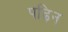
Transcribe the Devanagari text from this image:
पढ़िन